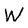
Character: W